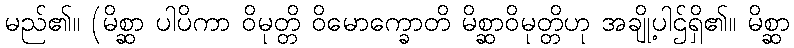
မည်၏။ (မိစ္ဆာ ပါပိကာ ဝိမုတ္တိ ဝိမောက္ခောတိ မိစ္ဆာဝိမုတ္တိဟု အချို့ပါဌ်ရှိ၏။ မိစ္ဆာ